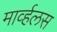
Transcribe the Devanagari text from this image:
मार्व्हलस